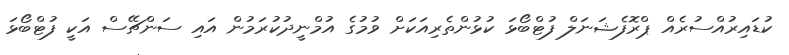
ކުޑައިރުއްސުރެއް ޕްރޮފެޝަނަލް ފުޓްބޯޅަ ކުޅުންތެރިއަކަށް ވުމުގެ އުމްނީދުކުރަމުން އައި ސަންޗޭސް އަކީ ފުޓްބޯޅަ